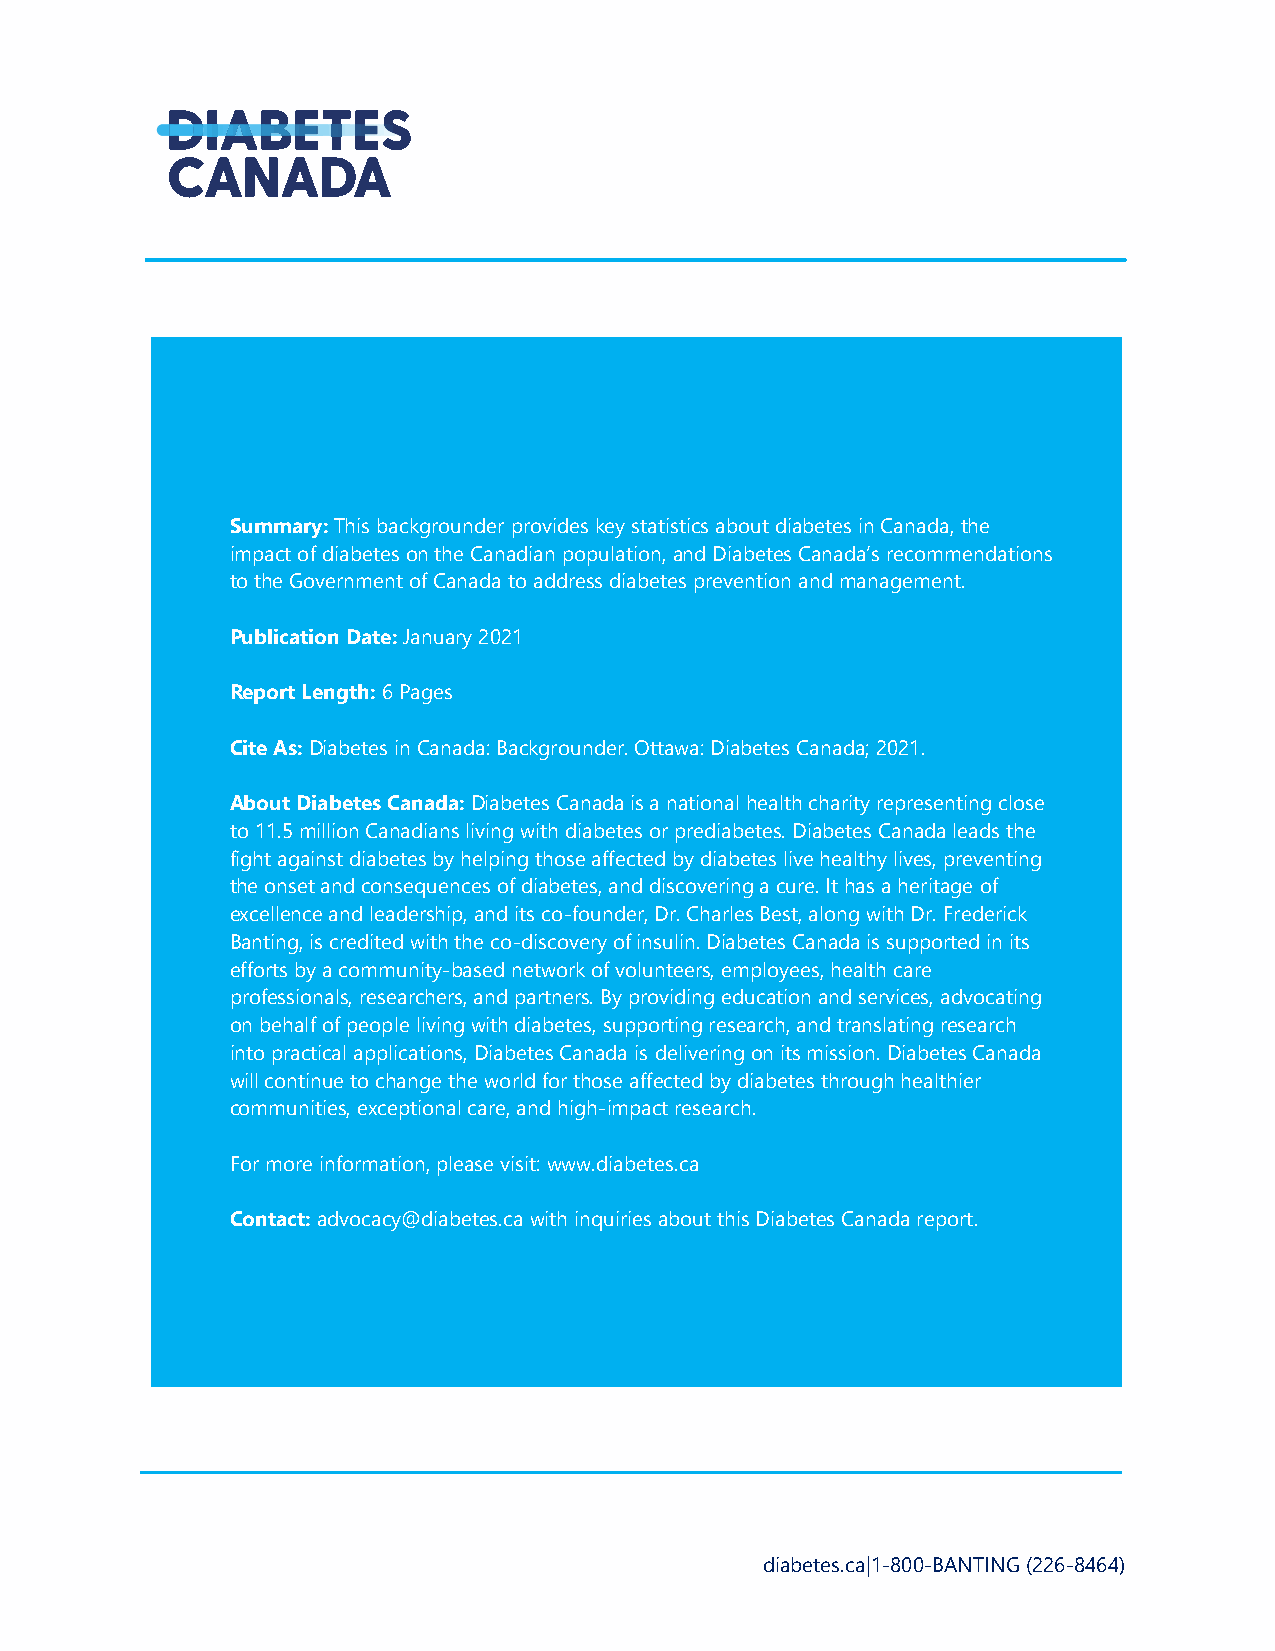
Summary: This backgrounder provides key statistics about diabetes in Canada, the
 impact of diabetes on the Canadian population, and Diabetes Canada’s recommendations
 to the Government of Canada to address diabetes prevention and management.
 Publication Date: January 2021
 Report Length: 6 Pages
 Cite As: Diabetes in Canada: Backgrounder. Ottawa: Diabetes Canada; 2021.
 About Diabetes Canada: Diabetes Canada is a national health charity representing close
 to 11.5 million Canadians living with diabetes or prediabetes. Diabetes Canada leads the
 fight against diabetes by helping those affected by diabetes live healthy lives, preventing
 the onset and consequences of diabetes, and discovering a cure. It has a heritage of
 excellence and leadership, and its co-founder, Dr. Charles Best, along with Dr. Frederick
 Banting, is credited with the co-discovery of insulin. Diabetes Canada is supported in its
 efforts by a community-based network of volunteers, employees, health care
 professionals, researchers, and partners. By providing education and services, advocating
 on behalf of people living with diabetes, supporting research, and translating research
 into practical applications, Diabetes Canada is delivering on its mission. Diabetes Canada
 will continue to change the world for those affected by diabetes through healthier
 communities, exceptional care, and high-impact research.
 For more information, please visit: www.diabetes.ca
 Contact: advocacy@diabetes.ca with inquiries about this Diabetes Canada report.
 diabetes.ca|1-800-BANTING (226-8464)